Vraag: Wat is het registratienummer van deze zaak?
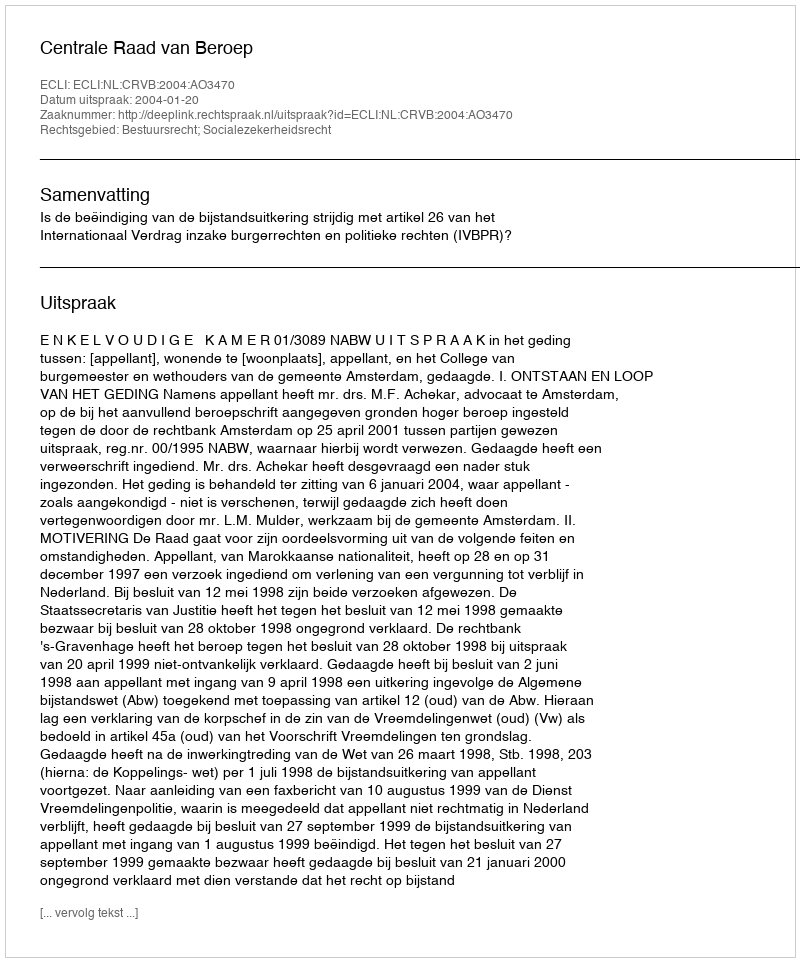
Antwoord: http://deeplink.rechtspraak.nl/uitspraak?id=ECLI:NL:CRVB:2004:AO3470